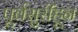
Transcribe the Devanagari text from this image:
पूर्वसुरींहून